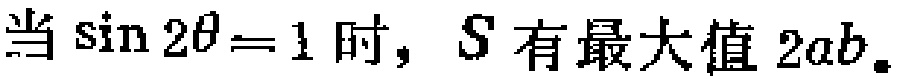
当\(\sin 2\theta = 1\)时，\(S\)有最大值\(2ab\)。